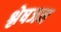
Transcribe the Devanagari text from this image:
श्लेषजन